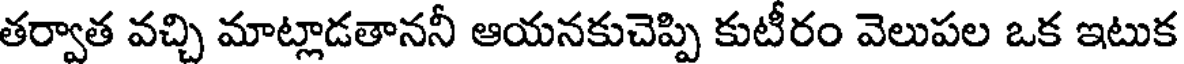
తర్వాత వచ్చి మాట్లాడతాననీ ఆయనకుచెప్పి కుటీరం వెలుపల ఒక ఇటుక